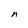
Character: n